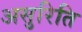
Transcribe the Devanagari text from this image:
असुरिति